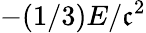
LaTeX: -(1/3)E/\mathfrak{c}^{2}